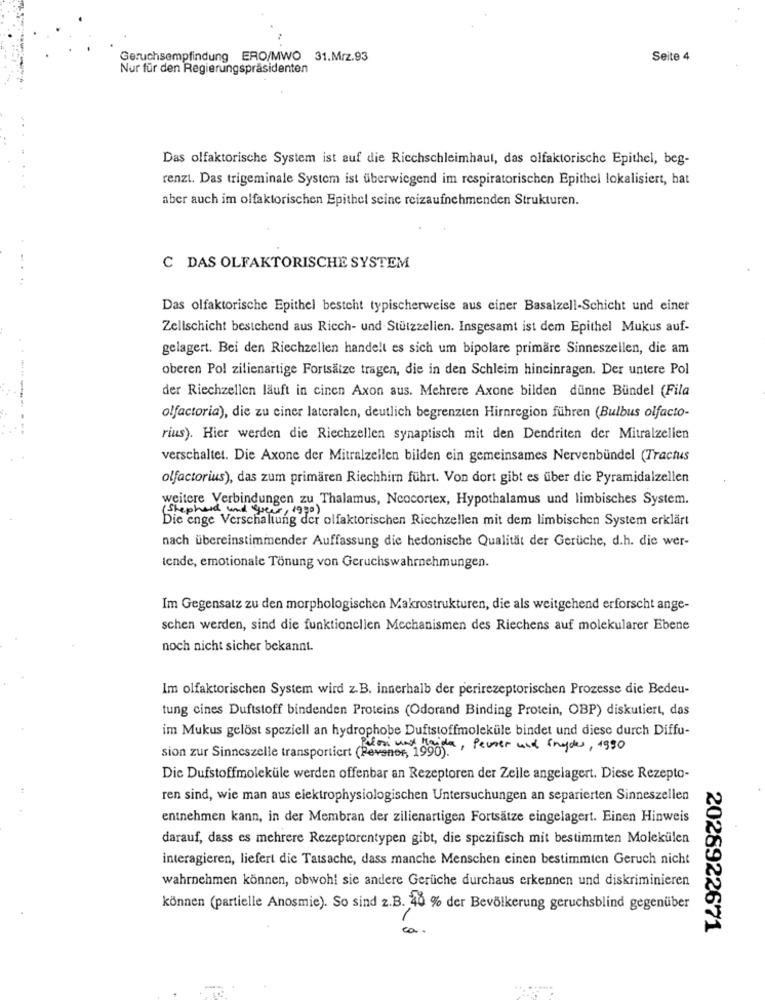
Geruchsempfindung ERO/MWO 31.Mrz.93
Seite 4
Nur für den Regierungspräsidenten
Das olfaktorische System ist auf die Ricchschleimhaut, das olfaktorische Epithel, beg-
renzi. Das trigeminale System ist überwiegend im respiratorischen Epithel lokalisiert, hat
aber auch im olfaktorischen Epithel seine reizaufnehmenden Strukturen.
C DAS OLFAKTORISCHE SYSTEM
Das olfaktorische Epithel besteht typischerweise aus einer Basalzell-Schicht und einer
Zellschicht bestehend aus Riech- und Stützzelien. Insgesamt ist dem Epithel Mukus auf-
gelagert. Bei den Riechzellen handelt es sich um bipolare primäre Sinneszellen, die am
oberen Pol zilienartige Fortsätze tragen, die in den Schleim hineinragen. Der untere Pol
der Riechzellen läuft in cinen Axon aus. Mehrere Axone bilden dünne Bündel (Fila
olfactoria), die zu ciner lateralen, deutlich begrenzten Hirnregion führen (Bulbus olfacto-
rius). Hier werden die Riechzellen synaptisch mit den Dendriten der Mitralzellen
verschaltet. Die Axone der Mitralzellen bilden ein gemeinsames Nervenbündel (Tractus
olfactorius), das zum primären Riechhirn führt. Von dort gibt es über die Pyramidalzellen
weitere Verbindungen zu Thalamus, Neocortex, Hypothalamus und limbisches System.
Shephard und greer ,
Die enge Verschaltung der olfaktorischen Riechzellen mit dem limbischen System erklärt
nach übereinstimmender Auffassung die hedonische Qualität der Gerüche, d.h. die wer-
tende, emotionale Tönung von Geruchswahrnehmungen.
Im Gegensatz zu den morphologischen Makrostrukturen, die als weitgehend erforscht ange-
schen werden, sind die funktionellen Mechanismen des Riechens auf molekularer Ebene
noch nicht sicher bekannt.
Im olfaktorischen System wird z. B. innerhalb der perirezeptorischen Prozesse die Bedeu-
tung cines Duftstoff bindenden Proteins (Odorand Binding Protein, OBP) diskutiert, das
im Mukus gelöst speziell an hydrophobe Duftstoffmoleküle bindet und diese durch Diffu-
sion zur Sinneszelle transportiert (Persnor, 19900. . Penser und Snyder, 1990
Die Dufstoffmoleküle werden offenbar an Rezeptoren der Zelle angelagert. Diese Rezepto-
ren sind, wie man aus elektrophysiologischen Untersuchungen an separierten Sinneszellen
entnehmen kann, in der Membran der zilienartigen Fortsätze eingelagert. Einen Hinweis
darauf, dass es mehrere Rezeptorentypen gibt, die spezifisch mit bestimmten Molekülen
interagieren, liefert die Tatsache, dass manche Menschen einen bestimmten Geruch nicht
wahrnehmen können, obwohl sie andere Gerüche durchaus erkennen und diskriminieren
können (partielle Anosmie). So sind 2.B. 40 % der Bevölkerung geruchsblind gegenüber
ca
2028922671